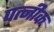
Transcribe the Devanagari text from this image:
पत्नीक